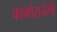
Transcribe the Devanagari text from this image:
कामोरानेसी